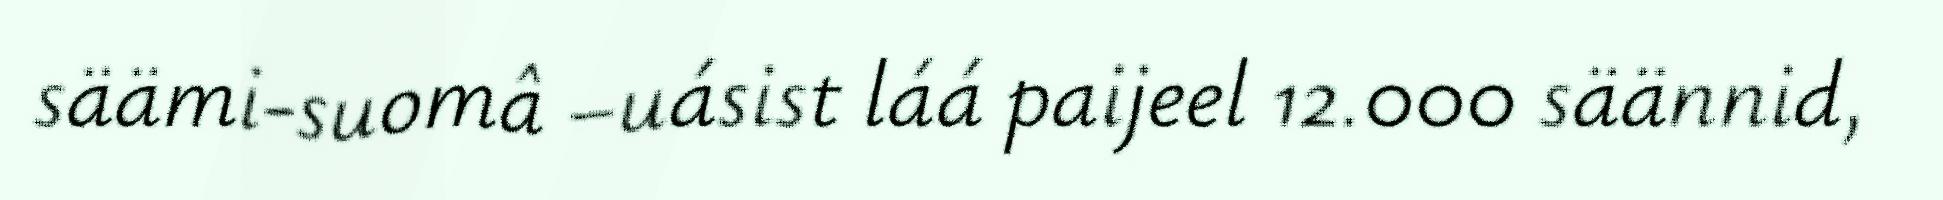
säämi-suomâ –uásist láá paijeel 12.000 säännid,